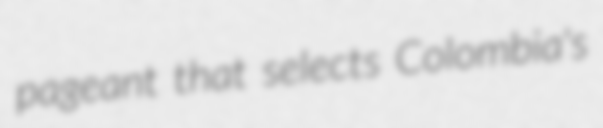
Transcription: pageant that selects Colombia's